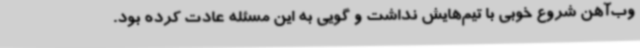
وب‌آهن شروع خوبی با تیم‌هایش نداشت و گویی به این مسئله عادت کرده بود.